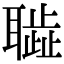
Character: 𦗮